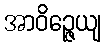
အာဝိဉ္ဇေယျ